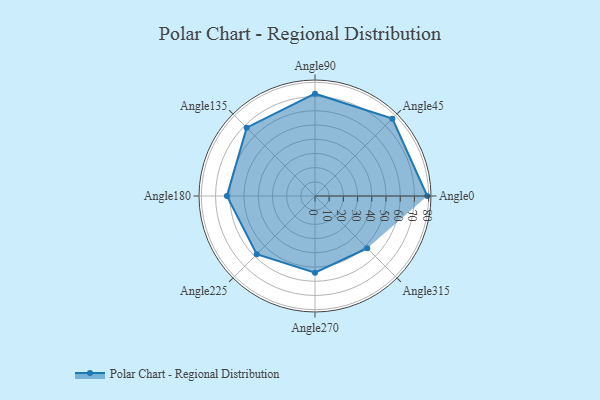
{"axis": {"x": "Angle", "y": "Radius"}, "legend": [""], "data": [{"x": "Angle0", "y": 79.0, "type": ""}, {"x": "Angle45", "y": 77.0, "type": ""}, {"x": "Angle90", "y": 72.0, "type": ""}, {"x": "Angle135", "y": 68.0, "type": ""}, {"x": "Angle180", "y": 62.0, "type": ""}, {"x": "Angle225", "y": 58.0, "type": ""}, {"x": "Angle270", "y": 54.0, "type": ""}, {"x": "Angle315", "y": 52.0, "type": ""}]}